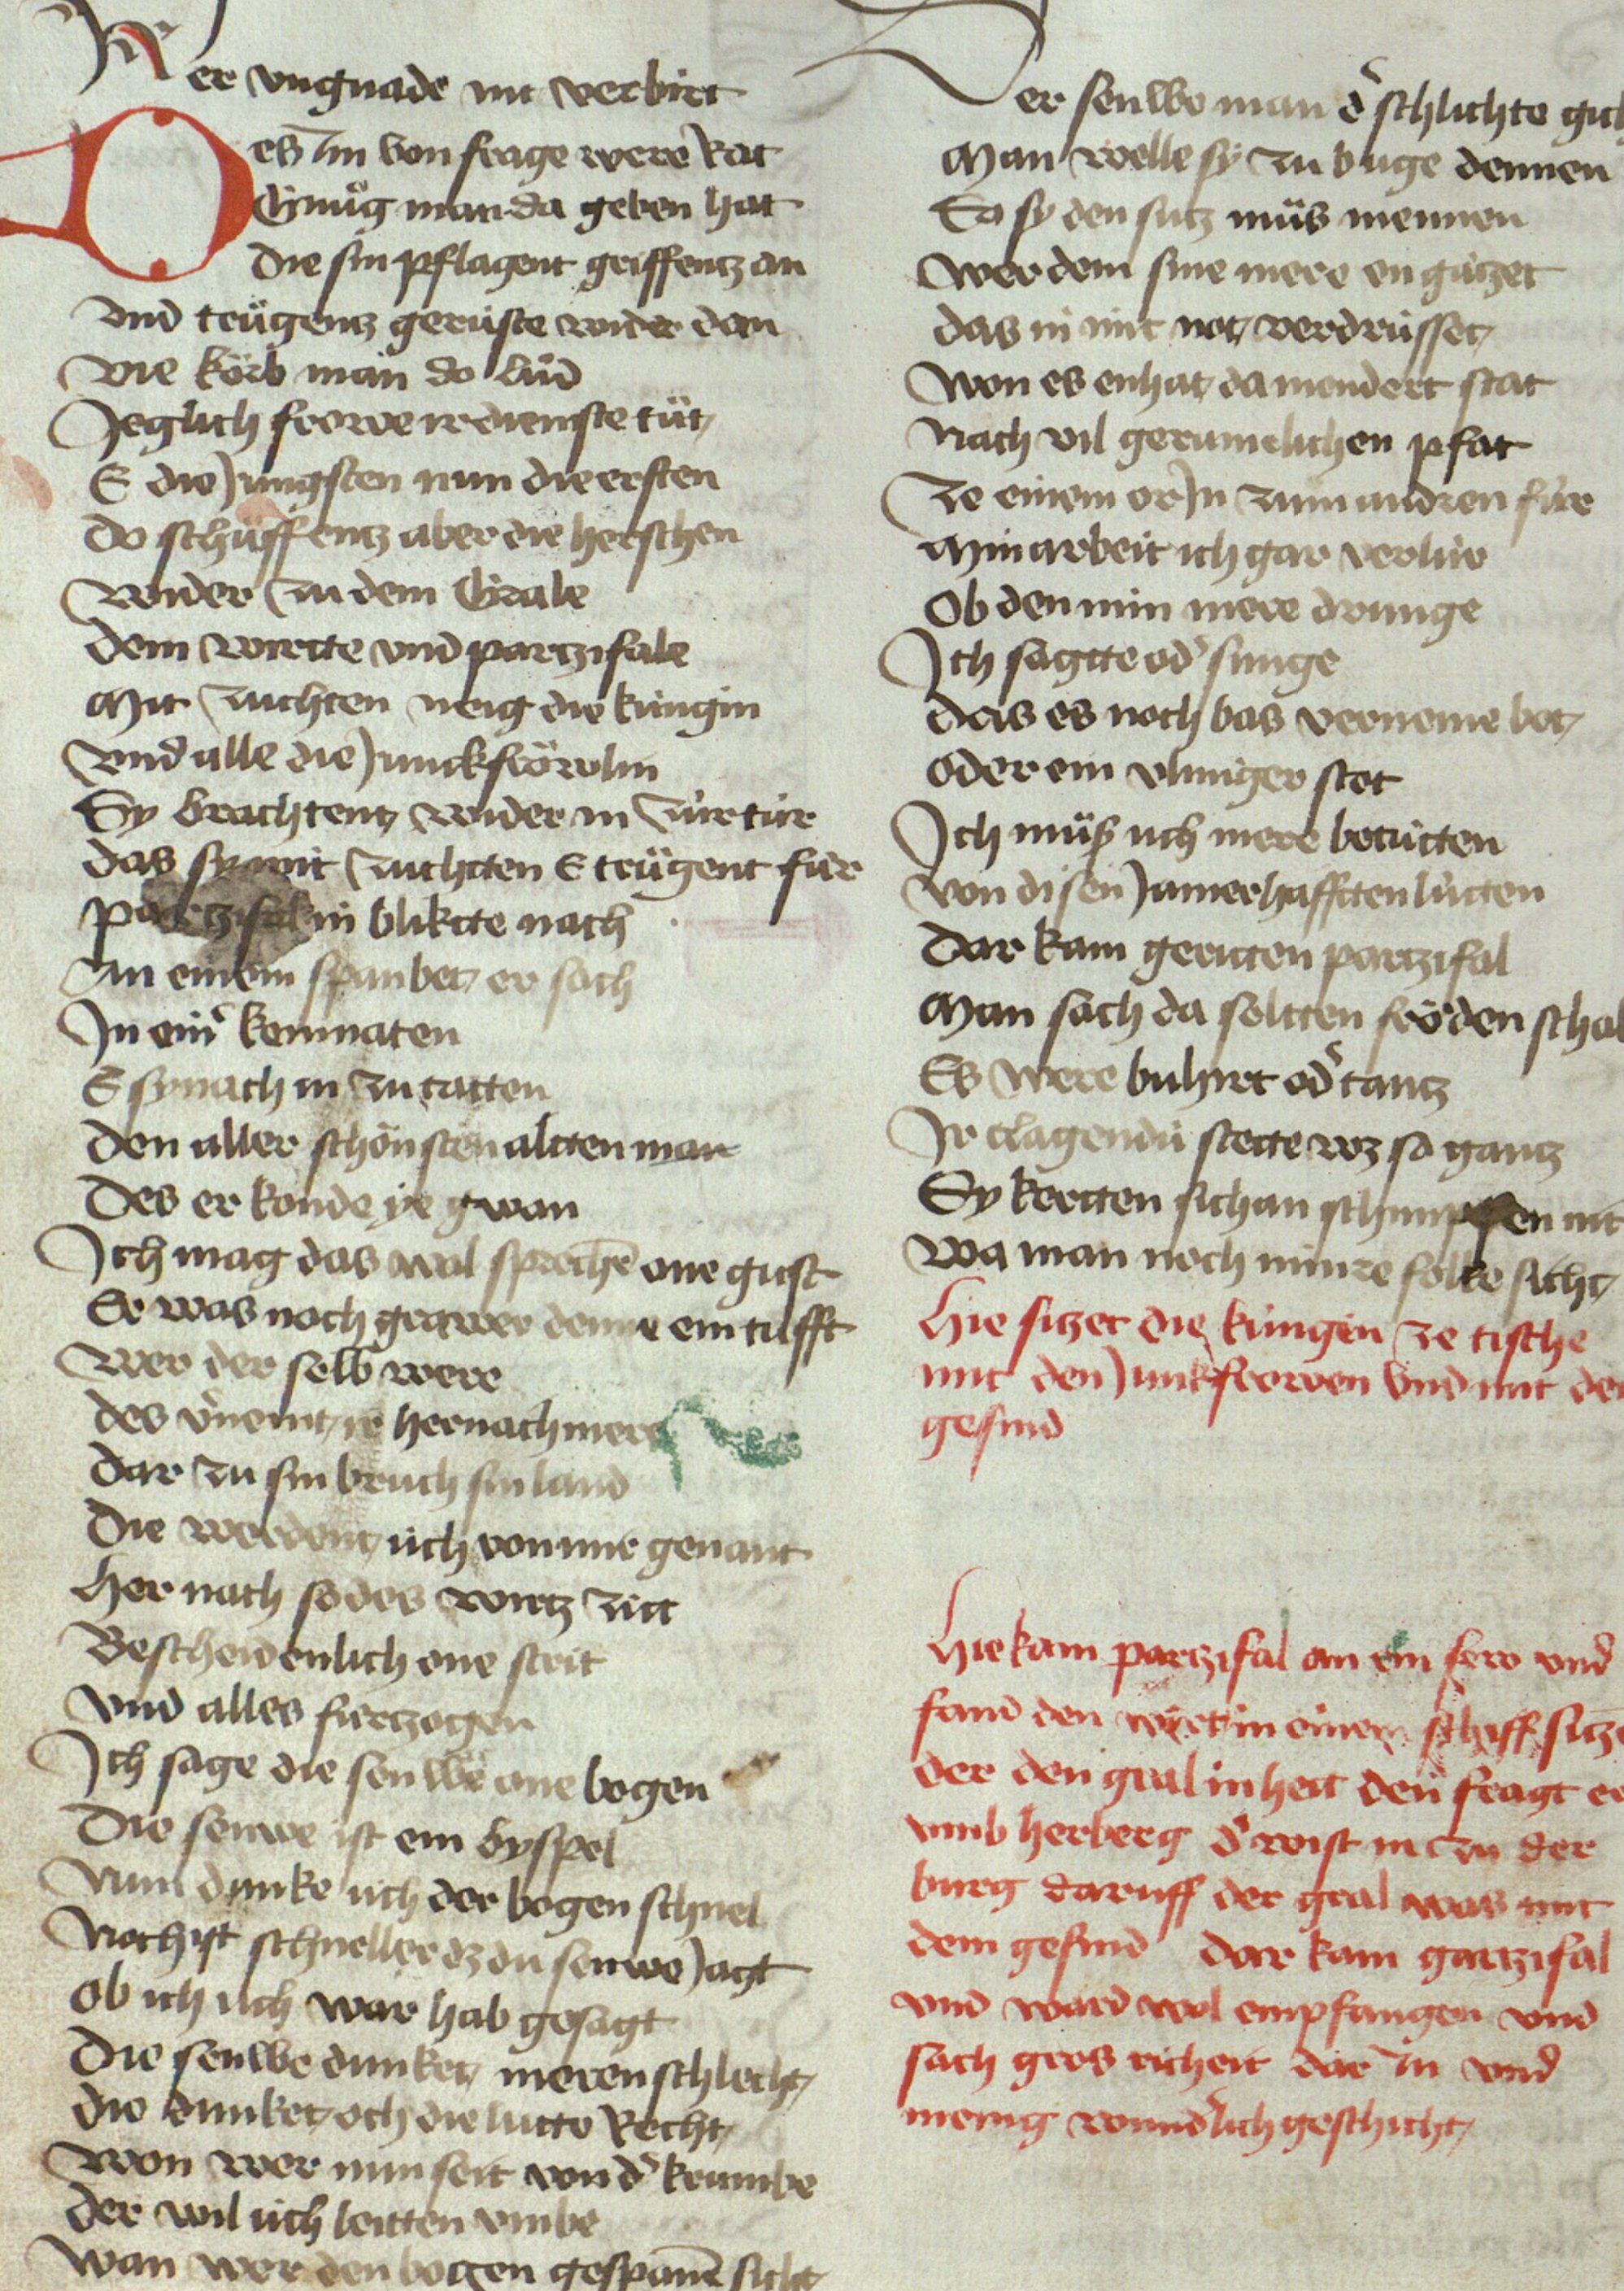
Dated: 1467–1467